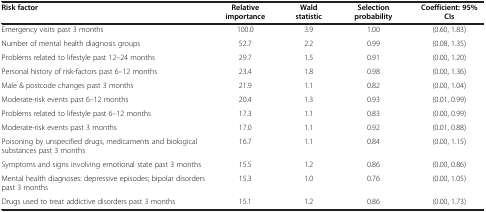
<table><thead><tr><td><b>Risk factor</b></td><td><b>Relative importance</b></td><td><b>Wald statistic</b></td><td><b>Selection probability</b></td><td><b>Coefficient: 95% CIs</b></td></tr></thead><tbody><tr><td>Emergency visits past 3 months</td><td>100.0</td><td>3.9</td><td>1.00</td><td>(0.60, 1.83)</td></tr><tr><td>Number of mental health diagnosis groups</td><td>52.7</td><td>2.2</td><td>0.99</td><td>(0.08, 1.35)</td></tr><tr><td>Problems related to lifestyle past 12–24 months</td><td>29.7</td><td>1.5</td><td>0.91</td><td>(0.00, 1.20)</td></tr><tr><td>Personal history of risk-factors past 6–12 months</td><td>23.4</td><td>1.8</td><td>0.98</td><td>(0.00, 1.36)</td></tr><tr><td>Male &amp; postcode changes past 3 months</td><td>21.9</td><td>1.1</td><td>0.82</td><td>(0.00, 1.04)</td></tr><tr><td>Moderate-risk events past 6–12 months</td><td>20.4</td><td>1.3</td><td>0.93</td><td>(0.01, 0.99)</td></tr><tr><td>Problems related to lifestyle past 6–12 months</td><td>17.3</td><td>1.1</td><td>0.83</td><td>(0.00, 0.99)</td></tr><tr><td>Moderate-risk events past 3 months</td><td>17.0</td><td>1.1</td><td>0.92</td><td>(0.01, 0.88)</td></tr><tr><td>Poisoning by unspecified drugs, medicaments and biological substances past 3 months</td><td>16.7</td><td>1.1</td><td>0.84</td><td>(0.00, 1.15)</td></tr><tr><td>Symptoms and signs involving emotional state past 3 months</td><td>15.5</td><td>1.2</td><td>0.86</td><td>(0.00, 0.86)</td></tr><tr><td>Mental health diagnoses: depressive episodes; bipolar disorders past 3 months</td><td>15.3</td><td>1.0</td><td>0.76</td><td>(0.00, 1.05)</td></tr><tr><td>Drugs used to treat addictive disorders past 3 months</td><td>15.1</td><td>1.2</td><td>0.86</td><td>(0.00, 1.73)</td></tr></tbody></table>